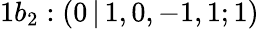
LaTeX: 1b_{2}:(0\, |\, 1,0,-1,1;1)